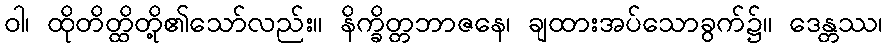
ဝါ၊ ထိုတိတ္ထိတို့၏သော်လည်း။ နိက္ခိတ္တဘာဇနေ၊ ချထားအပ်သောခွက်၌။ ဒေန္တဿ၊